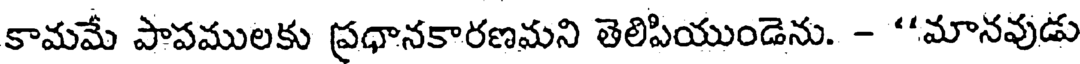
కామమే పాపములకు ప్రధానకారణమని తెలిపియుండెను. - "మానవుడు